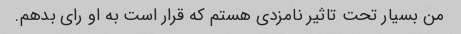
من بسیار تحت تاثیر نامزدی هستم که قرار است به او رای بدهم.